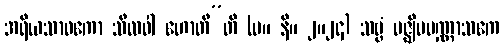
အရိယသာဝကော သီလဝါ ဟောတီ”တိ (မ။ နိ။ ၂။၂၄) သဗ္ဗံ မဇ္ဈိမပဏ္ဏာသကေ